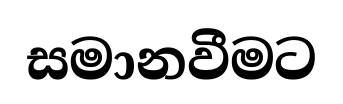
සමානවීමට